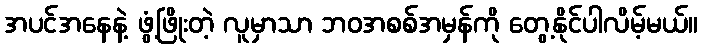
အပင်အနေနဲ့ ဖွံ့ဖြိုးတဲ့ လူမှာသာ ဘဝအစစ်အမှန်ကို တွေ့နိုင်ပါလိမ့်မယ်။